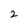
Character: 2